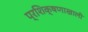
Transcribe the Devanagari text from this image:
प्रशिक्षणाखाली